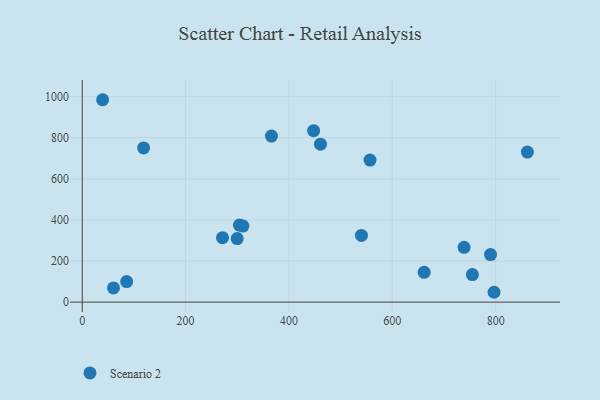
{"axis": {"x": "Study Hours", "y": "Sales"}, "legend": ["Scenario 2"], "data": [{"x": "861.4", "y": 730.6, "type": "Scenario 2"}, {"x": "738.9", "y": 267.0, "type": "Scenario 2"}, {"x": "304.1", "y": 375.4, "type": "Scenario 2"}, {"x": "310.9", "y": 370.3, "type": "Scenario 2"}, {"x": "661.6", "y": 144.9, "type": "Scenario 2"}, {"x": "39.4", "y": 985.5, "type": "Scenario 2"}, {"x": "60.4", "y": 69.0, "type": "Scenario 2"}, {"x": "271.4", "y": 314.0, "type": "Scenario 2"}, {"x": "447.7", "y": 835.0, "type": "Scenario 2"}, {"x": "118.7", "y": 750.6, "type": "Scenario 2"}, {"x": "299.8", "y": 309.6, "type": "Scenario 2"}, {"x": "461.0", "y": 769.3, "type": "Scenario 2"}, {"x": "556.9", "y": 691.8, "type": "Scenario 2"}, {"x": "540.3", "y": 325.0, "type": "Scenario 2"}, {"x": "85.9", "y": 99.9, "type": "Scenario 2"}, {"x": "755.0", "y": 134.2, "type": "Scenario 2"}, {"x": "796.9", "y": 48.0, "type": "Scenario 2"}, {"x": "790.1", "y": 231.7, "type": "Scenario 2"}, {"x": "366.2", "y": 808.6, "type": "Scenario 2"}]}